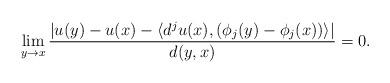
LaTeX: \begin{align*}\lim_{y\rightarrow x} \frac{|u(y)-u(x) - \langle d^ju(x) , (\phi_j(y) - \phi_j(x)) \rangle|}{d(y,x)} = 0.\end{align*}